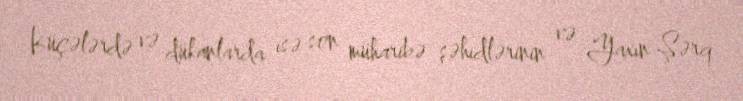
Küçələrdə və dükanlarda isə son müharibə şəhidlərinin və Yaxın Şərq